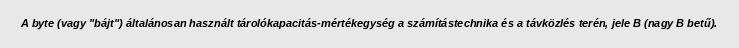
A byte (vagy "bájt") általánosan használt tárolókapacitás-mértékegység a számítástechnika és a távközlés terén, jele B (nagy B betű).